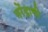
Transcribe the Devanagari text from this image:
नरेंद्राची